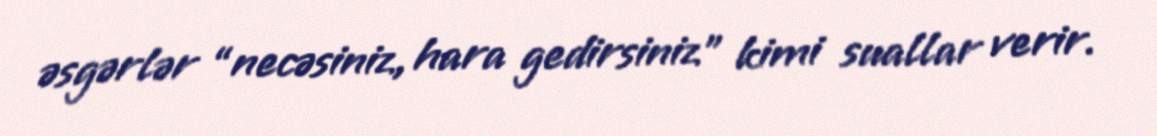
əsgərlər “necəsiniz, hara gedirsiniz” kimi suallar verir.